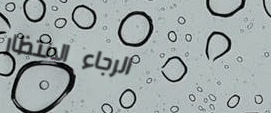
الرجاء الانتظار